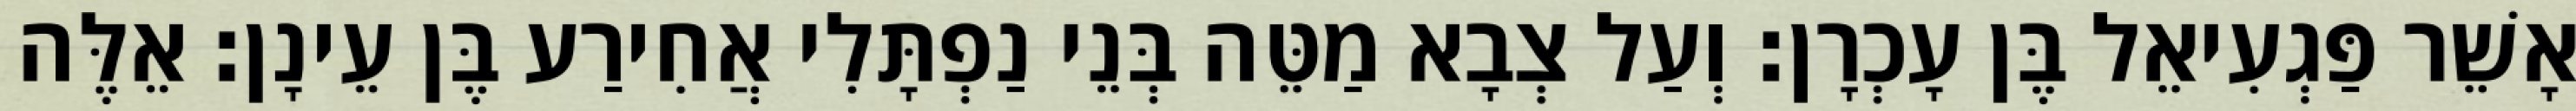
אָשֵׁר פַּגְעִיאֵל בֶּן עָכְרָן׃ וְעַל צְבָא מַטֵּה בְּנֵי נַפְתָּלִי אֲחִירַע בֶּן עֵינָן׃ אֵלֶּה